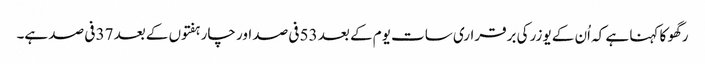
رگھو کا کہنا ہے کہ اُن کے یوزر کی برقراری سات یوم کے بعد 53 فی صد اور چار ہفتوں کے بعد 37 فی صد ہے۔